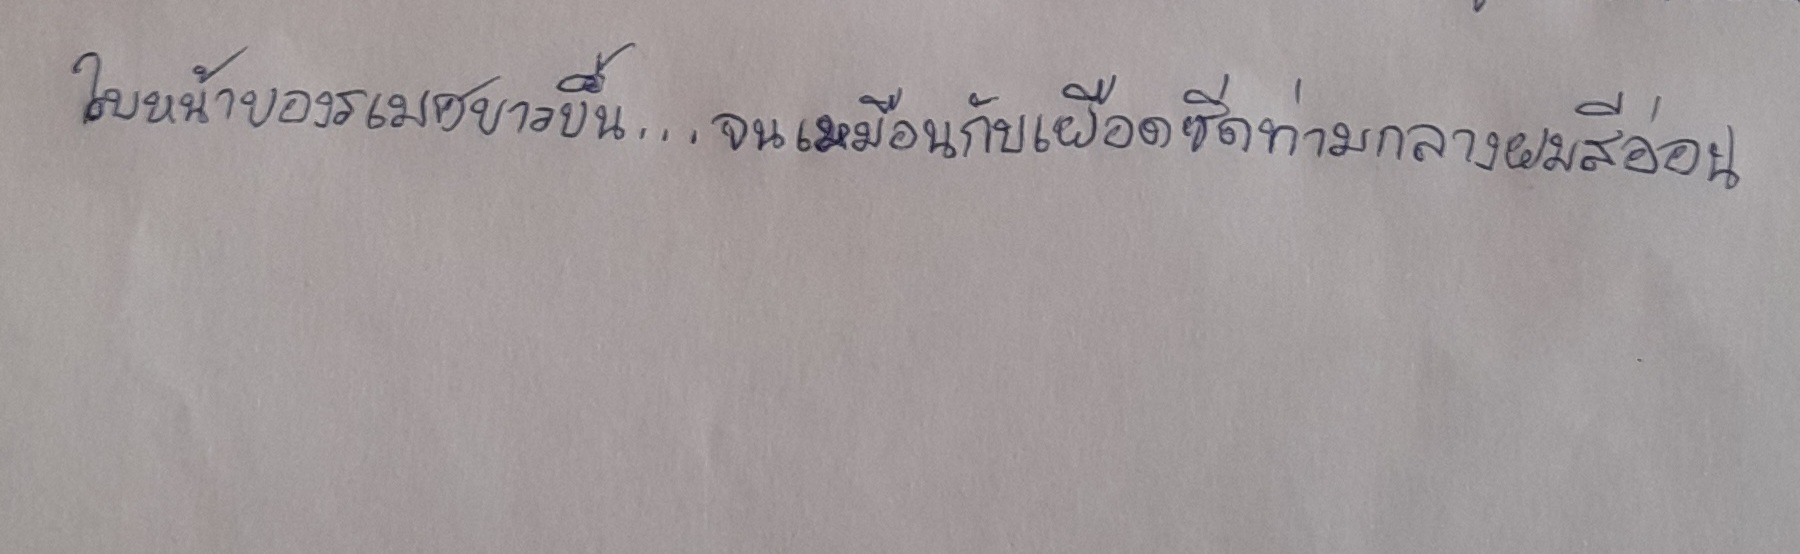
ใบหน้าของรเมศขาวขึ้น...จนเหมือนกับเผือดซีดท่ามกลางผมสีอ่อน